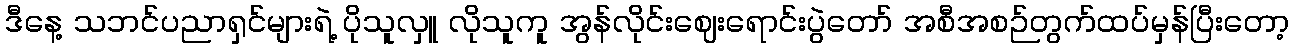
ဒီနေ့ သဘင်ပညာရှင်များရဲ့ ပိုသူလှူ လိုသူကူ အွန်လိုင်းဈေးရောင်းပွဲတော် အစီအစဉ်တွက်ထပ်မှန်ပြီးတော့